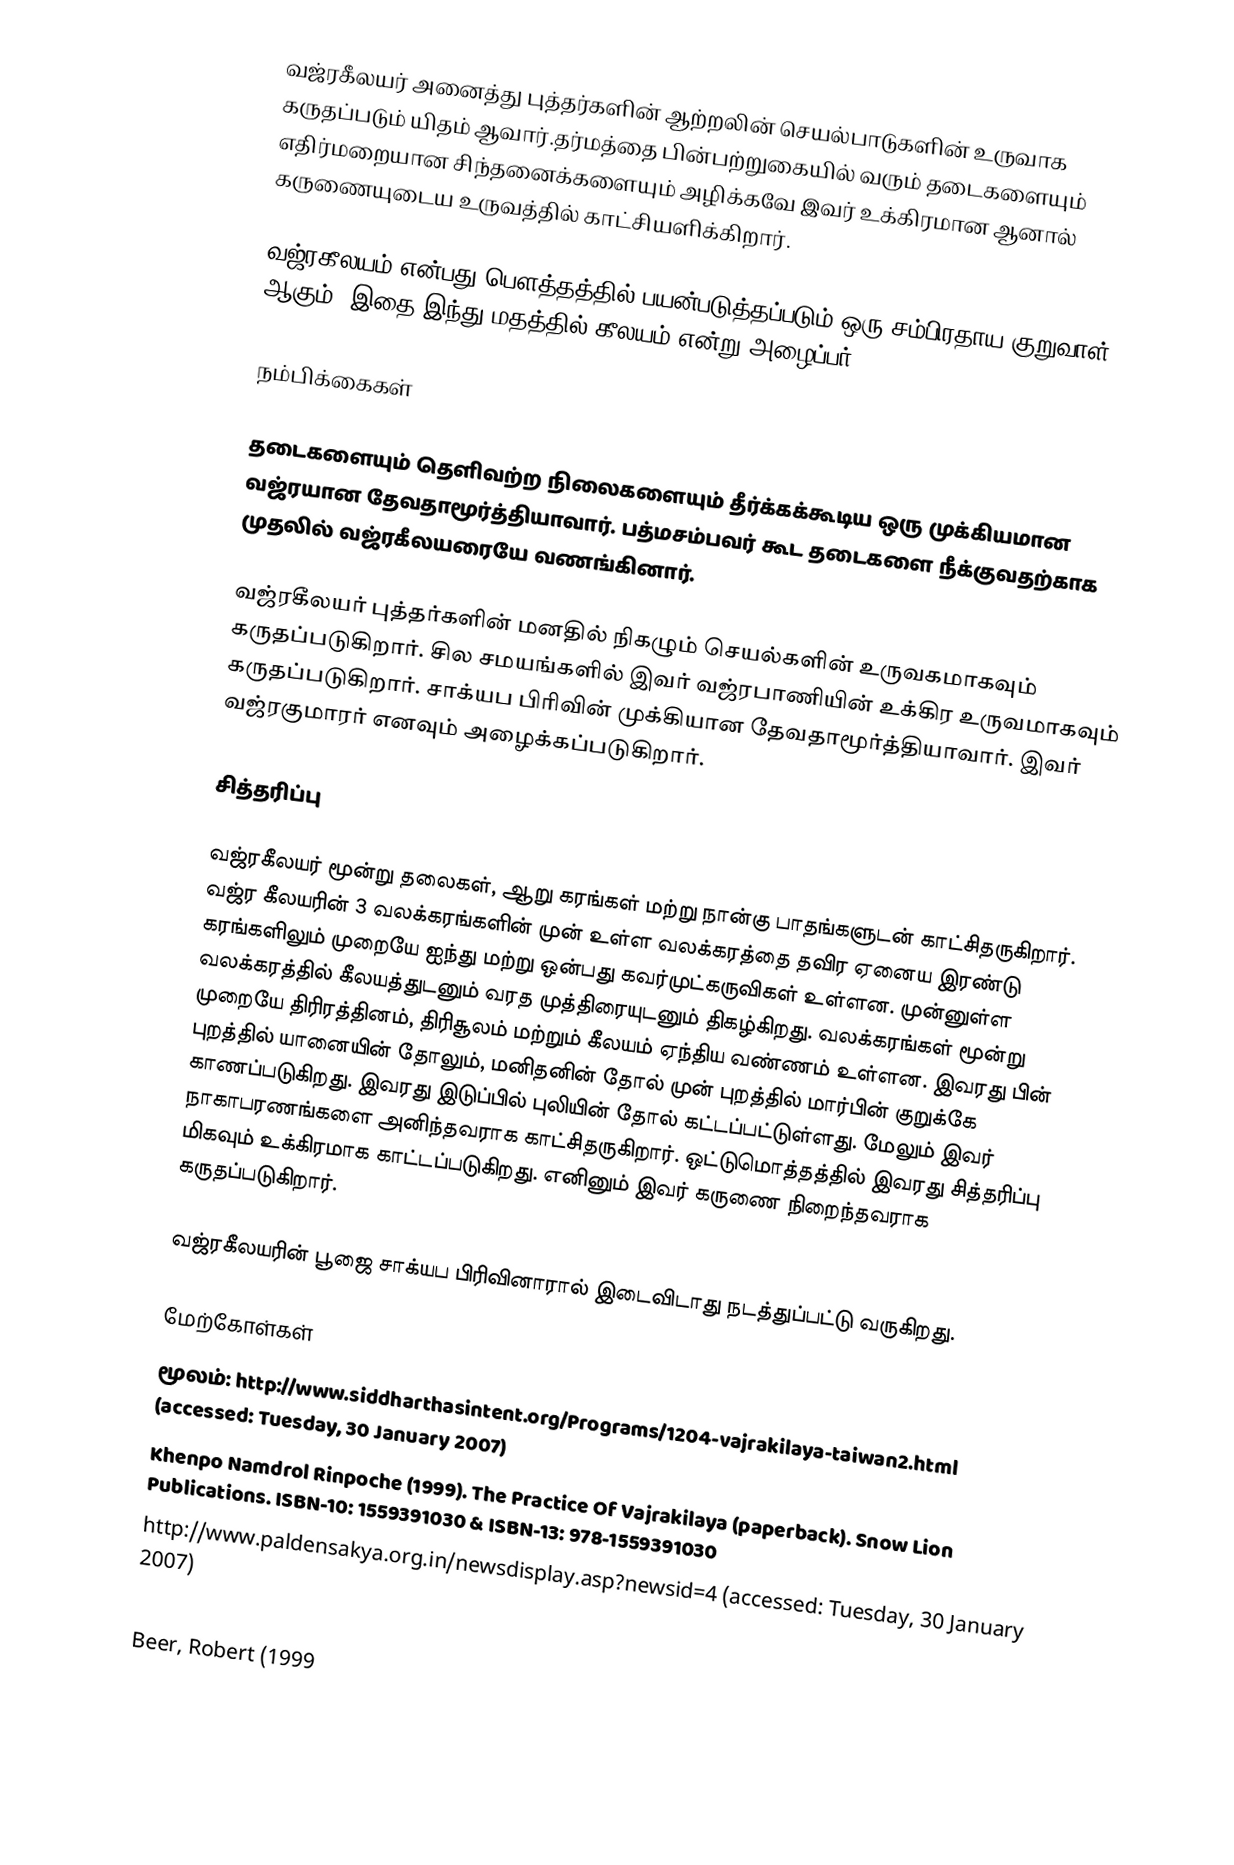
வஜ்ரகீலயர் அனைத்து புத்தர்களின் ஆற்றலின் செயல்பாடுகளின் உருவாக கருதப்படும் யிதம் ஆவார்.தர்மத்தை பின்பற்றுகையில் வரும் தடைகளையும் எதிர்மறையான சிந்தனைக்களையும் அழிக்கவே இவர் உக்கிரமான ஆனால் கருணையுடைய உருவத்தில் காட்சியளிக்கிறார்.

வஜ்ரகீலயம் என்பது பௌத்தத்தில் பயன்படுத்தப்படும் ஒரு சம்பிரதாய குறுவாள் ஆகும். இதை இந்து மதத்தில் கீலயம் என்று அழைப்பர்.

நம்பிக்கைகள்

தடைகளையும் தெளிவற்ற நிலைகளையும் தீர்க்கக்கூடிய ஒரு முக்கியமான வஜ்ரயான தேவதாமூர்த்தியாவார். பத்மசம்பவர்  கூட தடைகளை நீக்குவதற்காக முதலில் வஜ்ரகீலயரையே வணங்கினார்.

வஜ்ரகீலயர் புத்தர்களின் மனதில் நிகழும் செயல்களின் உருவகமாகவும் கருதப்படுகிறார். சில சமயங்களில் இவர் வஜ்ரபாணியின் உக்கிர உருவமாகவும் கருதப்படுகிறார். சாக்யப பிரிவின் முக்கியான தேவதாமூர்த்தியாவார். இவர் வஜ்ரகுமாரர் எனவும் அழைக்கப்படுகிறார்.

சித்தரிப்பு

வஜ்ரகீலயர் மூன்று தலைகள், ஆறு கரங்கள் மற்று நான்கு பாதங்களுடன் காட்சிதருகிறார். வஜ்ர கீலயரின் 3 வலக்கரங்களின் முன் உள்ள வலக்கரத்தை தவிர ஏனைய இரண்டு கரங்களிலும் முறையே ஐந்து மற்று ஒன்பது கவர்முட்கருவிகள் உள்ளன. முன்னுள்ள வலக்கரத்தில் கீலயத்துடனும் வரத முத்திரையுடனும் திகழ்கிறது. வலக்கரங்கள் மூன்று முறையே திரிரத்தினம், திரிசூலம் மற்றும் கீலயம் ஏந்திய வண்ணம் உள்ளன. இவரது பின் புறத்தில் யானையின் தோலும், மனிதனின் தோல் முன் புறத்தில் மார்பின் குறுக்கே காணப்படுகிறது. இவரது இடுப்பில் புலியின் தோல் கட்டப்பட்டுள்ளது. மேலும் இவர் நாகாபரணங்களை அனிந்தவராக காட்சிதருகிறார். ஒட்டுமொத்தத்தில் இவரது சித்தரிப்பு மிகவும் உக்கிரமாக காட்டப்படுகிறது. எனினும் இவர் கருணை நிறைந்தவராக கருதப்படுகிறார்.

வஜ்ரகீலயரின் பூஜை சாக்யப பிரிவினாரால் இடைவிடாது நடத்துப்பட்டு வருகிறது.

மேற்கோள்கள்
 மூலம்:  http://www.siddharthasintent.org/Programs/1204-vajrakilaya-taiwan2.html  (accessed:  Tuesday, 30 January 2007)
 Khenpo Namdrol Rinpoche (1999). The Practice Of Vajrakilaya (paperback). Snow Lion Publications. ISBN-10: 1559391030 & ISBN-13: 978-1559391030
 http://www.paldensakya.org.in/newsdisplay.asp?newsid=4  (accessed:  Tuesday, 30 January 2007)
 http://www.vajrakilaya.org/ (accessed:  Tuesday, 30 January 2007)
 Beer, Robert (1999